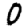
Digit: 0